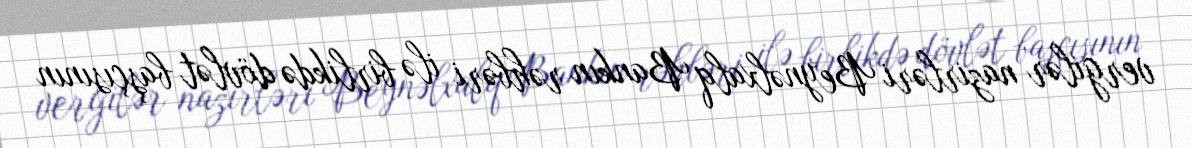
vergilər nazirləri Beynəlxalq Bankın rəhbəri ilə birlikdə dövlət başçısının